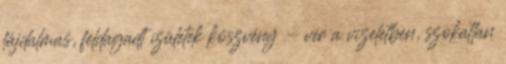
fájdalmas, feldagadt ízületek köszvény - vér a vizeletben, szokatlan